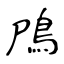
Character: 鳲